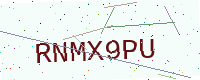
Text: RNMX9PU